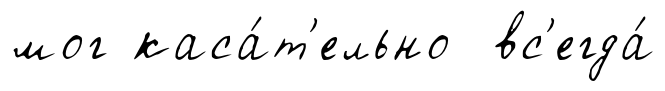
мог каса́т'ельно вс'егда́